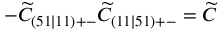
- \widetilde { C } _ { ( 5 1 \mid 1 1 ) + - } \widetilde { C } _ { ( 1 1 \mid 5 1 ) + - } = \widetilde { C }